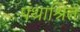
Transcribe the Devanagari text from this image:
पंथाश्रित